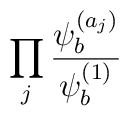
\prod_j{\psi^{(a_j)}_{b} \over \psi^{(1)}_b}